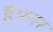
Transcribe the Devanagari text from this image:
हैपनर